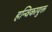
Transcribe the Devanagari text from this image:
हन्विकायुक्त